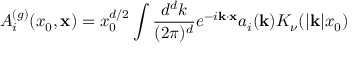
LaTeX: A _ { i } ^ { ( g ) } ( x _ { 0 } , { \bf x } ) = x _ { 0 } ^ { d / 2 } \int { \frac { d ^ { d } k } { ( 2 \pi ) ^ { d } } } e ^ { - i { \bf k } \cdot { \bf x } } a _ { i } ( { \bf k } ) K _ { \nu } ( | { \bf k } | x _ { 0 } )